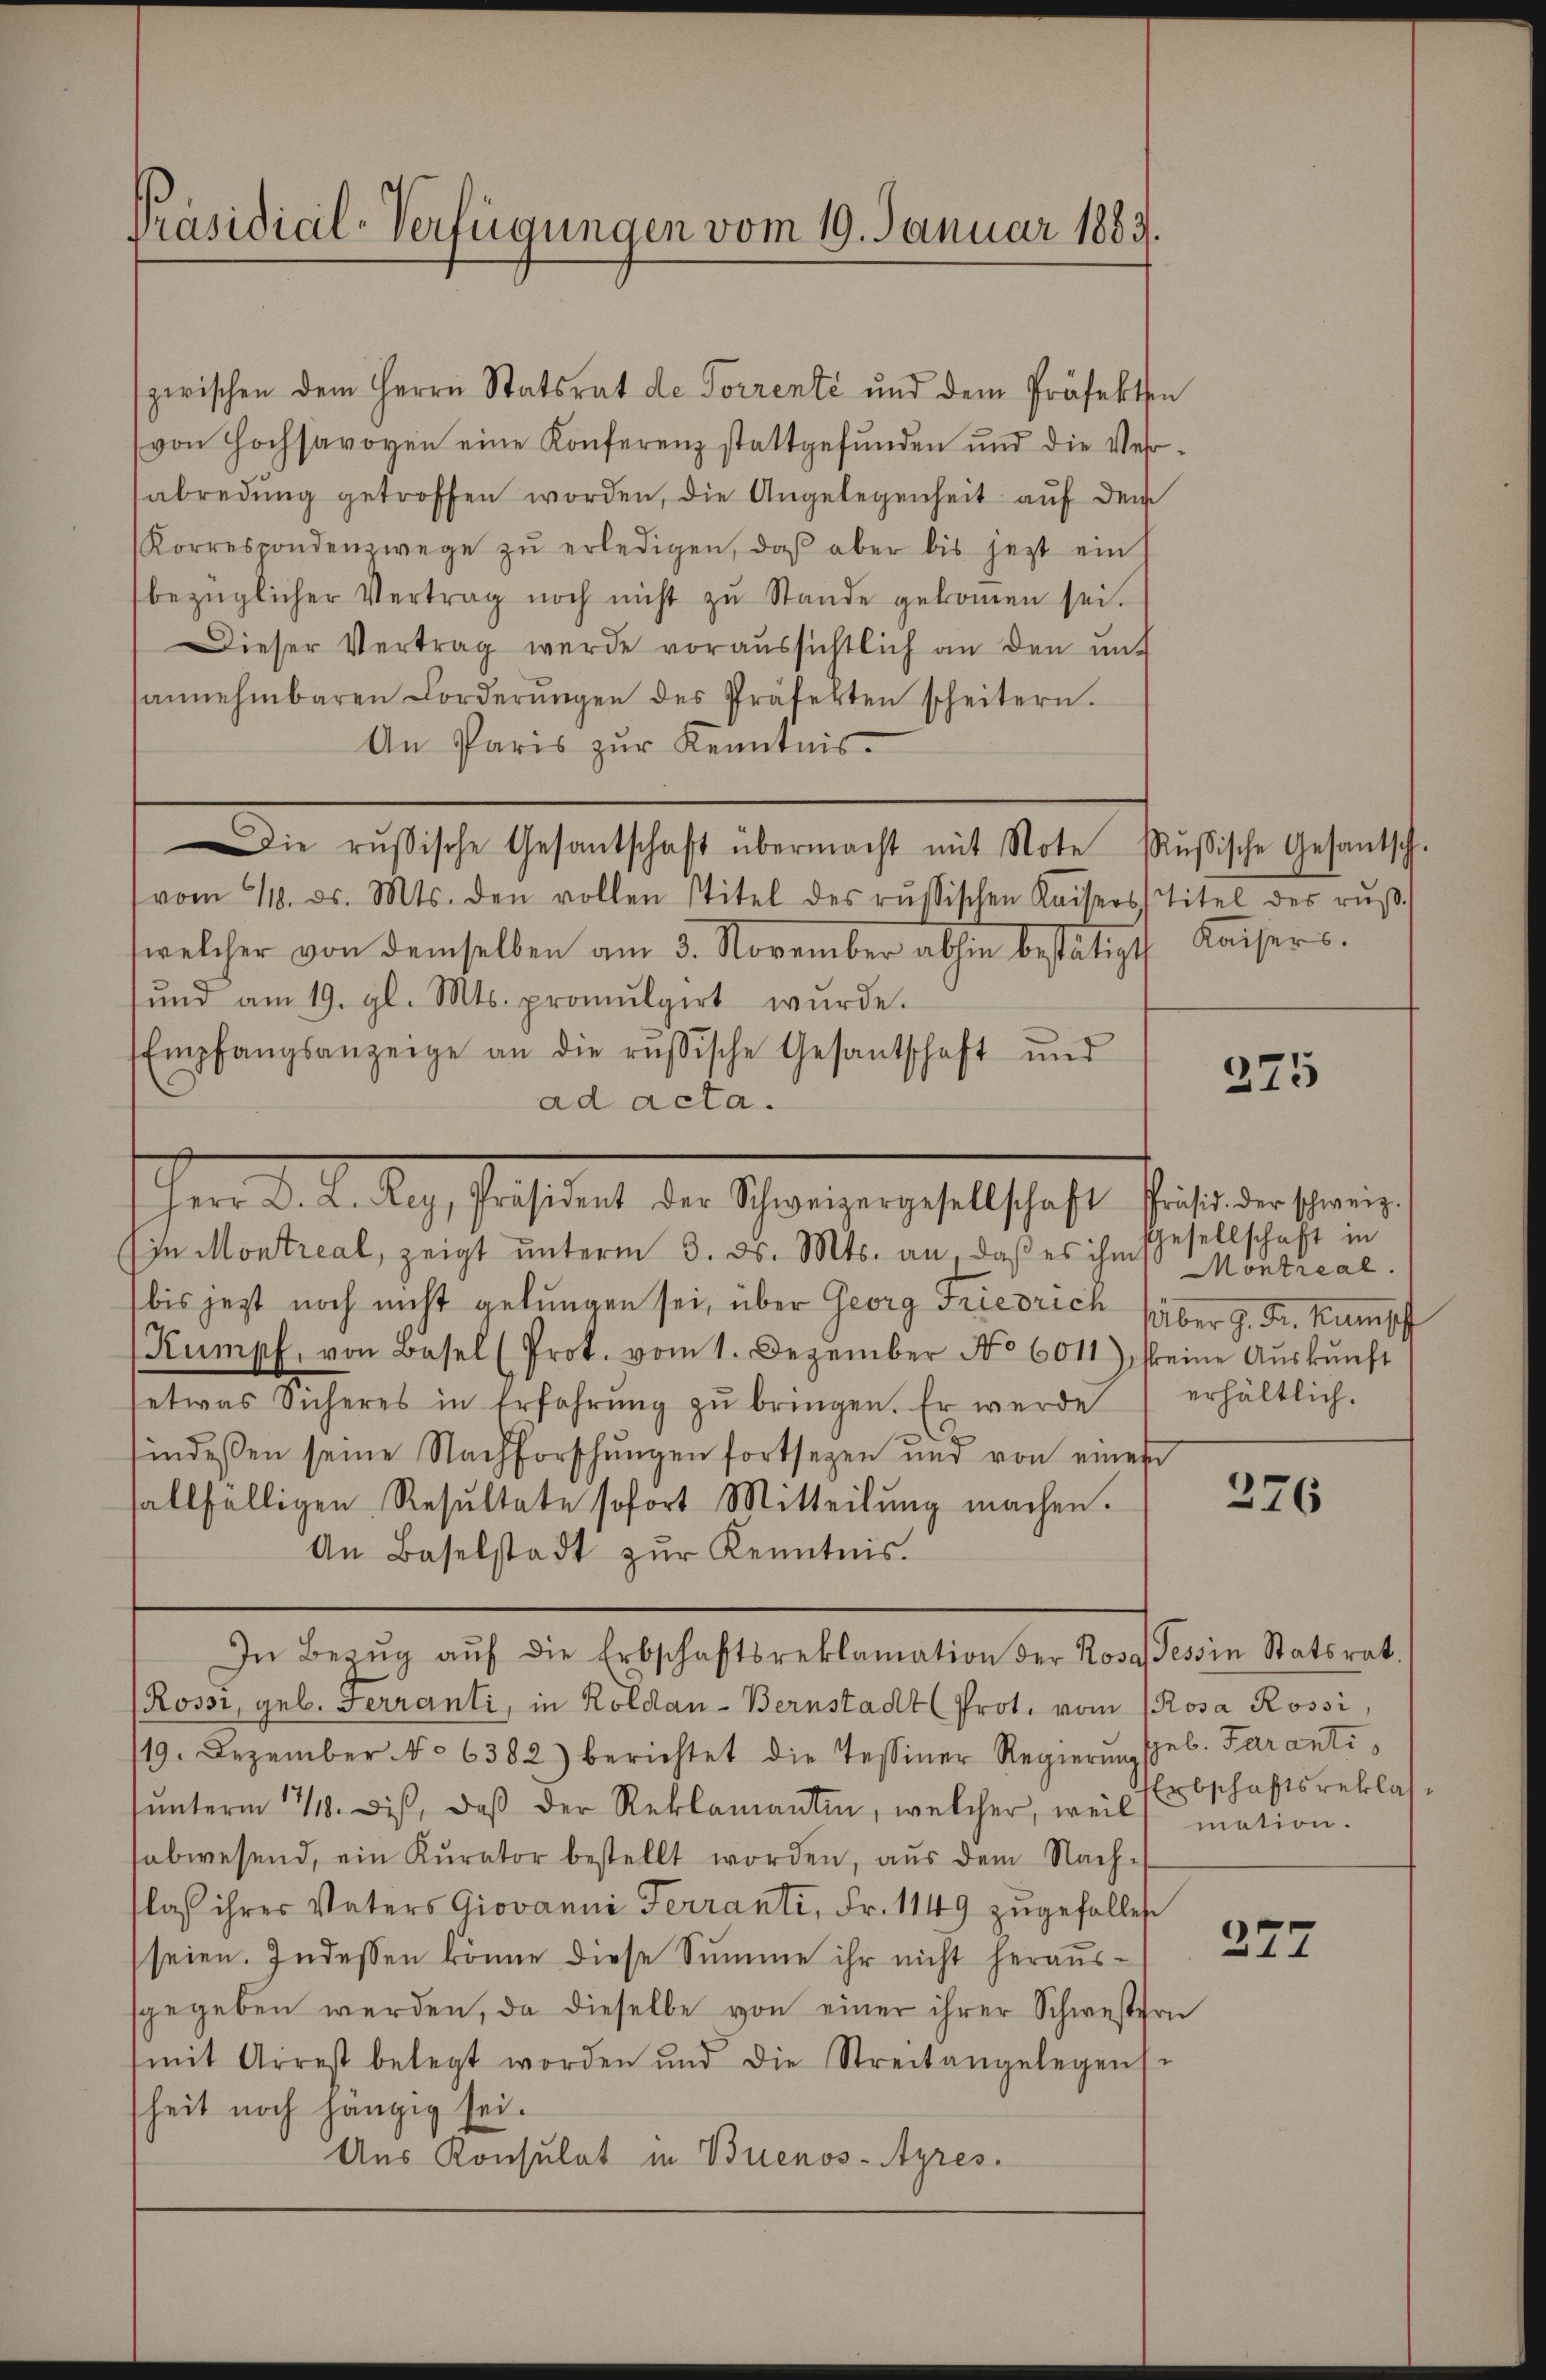
Präsidial-Verfügungen vom 19. Januar 1883.

szerischen dem Herrn Statsrat de Forrente und dem Präfekten
von Hochsavoyen eine Konferenz stattgefunden und die Ver-
sabredung getroffen worden, die Angelegenheit auf dem
Korrespondenzwege zŭ erledigen, daβ aber bis jetzt ein
bezüglicher Vertrag noch nicht zŭ Stande gekoṁen sei.
Dieser Vertrag wurde voraussichtlich an den mit
tannehmbaren Forderŭngen des Präfekten scheitern.
An Paris zŭr Kenntnis.
ie russische Gesantschaft übermacht mit Note Russische Gesantsch.
(vom 11. ds. Mts. den vollen stitel des russischen Kaisersstitel des rŭβ-
welcher von demselben am 5. November abhin bestätigt
und am 19. gl. Mts. promulgirt wurde.
Empfangsanzeige an die russische Gesantschaft und
ad acta.
bis jetzt noch nicht gelungen sei, über Georg Friedrich haber z. Fr. Kumpf
Kumpf, von Basel (Prot. vom 1. Dezember No 6011), feine Aŭskŭnft
etwas Sicheres in Erfahrŭng zŭ bringen. Er werde erhältlich.
findessen seine Nachforschŭngen fortsegen und von einer
allfälligen Resŭltate sofort Mitteilŭng machen.
An Baselstadt zŭr Kenntnis.
In Bezŭg aŭf die Erbschaftsreklamation der Rosa Tessin Statsrat.
Rossi, geb. Ferranti, in Köldan-Bernstadt (Prot. vom 1 Rosa Rossi,
19. Dezember No 6382) berichtet die Tessiner Regierŭng sel. Parantiŭnterm 14. Dis, daβ der Reklamantin, welcher, weil
sabwesend, ein Kurator bestellt worden, aus dem Nach-
las ihrer Vaters Giovanni Ferranti, Fr. 1149 zugefallen
seien. Indessen könne diese Summe ihr nicht heraussgegeben werden, da dieselbe von einer ihrer Schwestern
mit Arrest belegt worden und die Streitangelegens.
sheit noch hängig sei.
Aus Konsulat in Buenos-Ayres.

herer diese Sache Personen, der Beweise gehabt halte heiße in seine
in Montreal, zeigt ŭnterm 3. ds. Mts. an, daß es ihm

Kaisers.

e

275

Gesellschaft in
Montreal.

276

Erbschaftsreklas
mation.

277